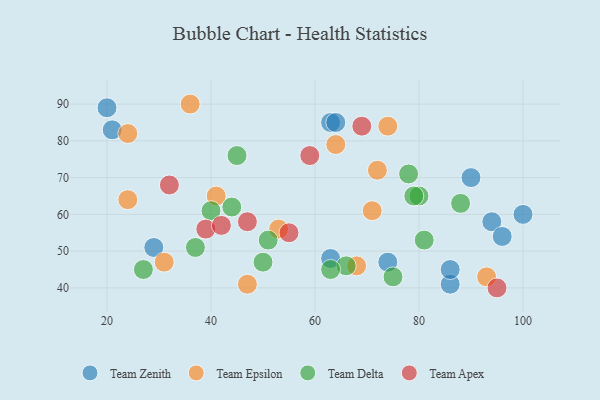
{"axis": {"x": "GDP", "y": "Life Expectancy"}, "legend": ["Team Apex", "Team Delta", "Team Epsilon", "Team Zenith"], "data": [{"x": "100", "y": 60, "type": "Team Zenith"}, {"x": "63", "y": 85, "type": "Team Zenith"}, {"x": "63", "y": 48, "type": "Team Zenith"}, {"x": "29", "y": 51, "type": "Team Zenith"}, {"x": "20", "y": 89, "type": "Team Zenith"}, {"x": "86", "y": 41, "type": "Team Zenith"}, {"x": "90", "y": 70, "type": "Team Zenith"}, {"x": "21", "y": 83, "type": "Team Zenith"}, {"x": "74", "y": 47, "type": "Team Zenith"}, {"x": "64", "y": 85, "type": "Team Zenith"}, {"x": "86", "y": 45, "type": "Team Zenith"}, {"x": "94", "y": 58, "type": "Team Zenith"}, {"x": "96", "y": 54, "type": "Team Zenith"}, {"x": "53", "y": 56, "type": "Team Epsilon"}, {"x": "24", "y": 64, "type": "Team Epsilon"}, {"x": "31", "y": 47, "type": "Team Epsilon"}, {"x": "41", "y": 65, "type": "Team Epsilon"}, {"x": "72", "y": 72, "type": "Team Epsilon"}, {"x": "74", "y": 84, "type": "Team Epsilon"}, {"x": "71", "y": 61, "type": "Team Epsilon"}, {"x": "47", "y": 41, "type": "Team Epsilon"}, {"x": "68", "y": 46, "type": "Team Epsilon"}, {"x": "64", "y": 79, "type": "Team Epsilon"}, {"x": "36", "y": 90, "type": "Team Epsilon"}, {"x": "24", "y": 82, "type": "Team Epsilon"}, {"x": "93", "y": 43, "type": "Team Epsilon"}, {"x": "51", "y": 53, "type": "Team Delta"}, {"x": "81", "y": 53, "type": "Team Delta"}, {"x": "45", "y": 76, "type": "Team Delta"}, {"x": "37", "y": 51, "type": "Team Delta"}, {"x": "88", "y": 63, "type": "Team Delta"}, {"x": "78", "y": 71, "type": "Team Delta"}, {"x": "75", "y": 43, "type": "Team Delta"}, {"x": "44", "y": 62, "type": "Team Delta"}, {"x": "66", "y": 46, "type": "Team Delta"}, {"x": "80", "y": 65, "type": "Team Delta"}, {"x": "40", "y": 61, "type": "Team Delta"}, {"x": "27", "y": 45, "type": "Team Delta"}, {"x": "50", "y": 47, "type": "Team Delta"}, {"x": "63", "y": 45, "type": "Team Delta"}, {"x": "79", "y": 65, "type": "Team Delta"}, {"x": "95", "y": 40, "type": "Team Apex"}, {"x": "69", "y": 84, "type": "Team Apex"}, {"x": "32", "y": 68, "type": "Team Apex"}, {"x": "55", "y": 55, "type": "Team Apex"}, {"x": "59", "y": 76, "type": "Team Apex"}, {"x": "39", "y": 56, "type": "Team Apex"}, {"x": "42", "y": 57, "type": "Team Apex"}, {"x": "47", "y": 58, "type": "Team Apex"}]}